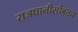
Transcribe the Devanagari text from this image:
राजधानीसोबतच